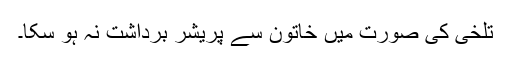
تلخی کی صورت میں خاتون سے پریشر برداشت نہ ہو سکا۔